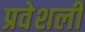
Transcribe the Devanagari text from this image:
प्रवेशली